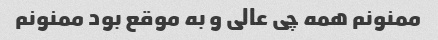
ممنونم همه چی عالی و به موقع بود ممنونم